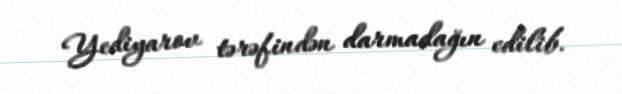
Yediyarov tərəfindən darmadağın edilib.